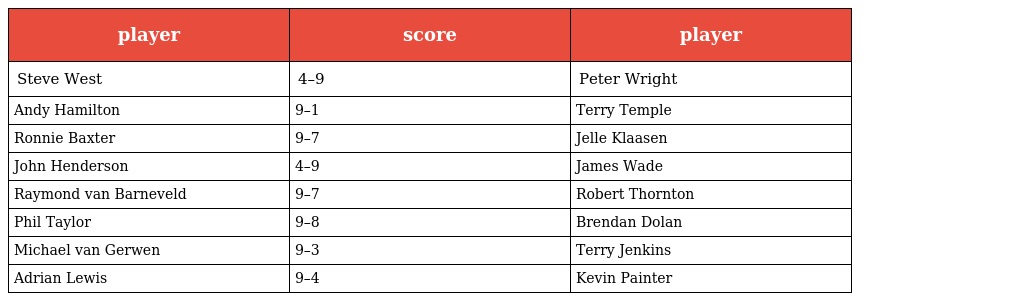
| player | score | player |
 | --- | --- | --- |
 | Steve West | 4–9 | Peter Wright |
 | Andy Hamilton | 9–1 | Terry Temple |
 | Ronnie Baxter | 9–7 | Jelle Klaasen |
 | John Henderson | 4–9 | James Wade |
 | Raymond van Barneveld | 9–7 | Robert Thornton |
 | Phil Taylor | 9–8 | Brendan Dolan |
 | Michael van Gerwen | 9–3 | Terry Jenkins |
 | Adrian Lewis | 9–4 | Kevin Painter |